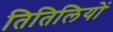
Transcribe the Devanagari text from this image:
तितिलियों